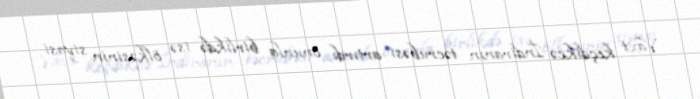
Vaxt keçdikcə İndiranın təcrübəsi artırdı, onunla birlikdə isə ölkəsinin siyasi